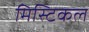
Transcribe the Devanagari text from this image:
मिस्टिकल